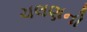
ચલણનો